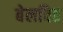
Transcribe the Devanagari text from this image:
बेलवित